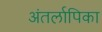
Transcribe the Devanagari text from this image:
अंतर्लापिका